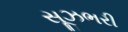
સૂઝભરી